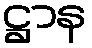
ဋ္ဌာန